Civil Veterinary Department. United Provinces 1912-22 - 1912-1922
Year: 1912
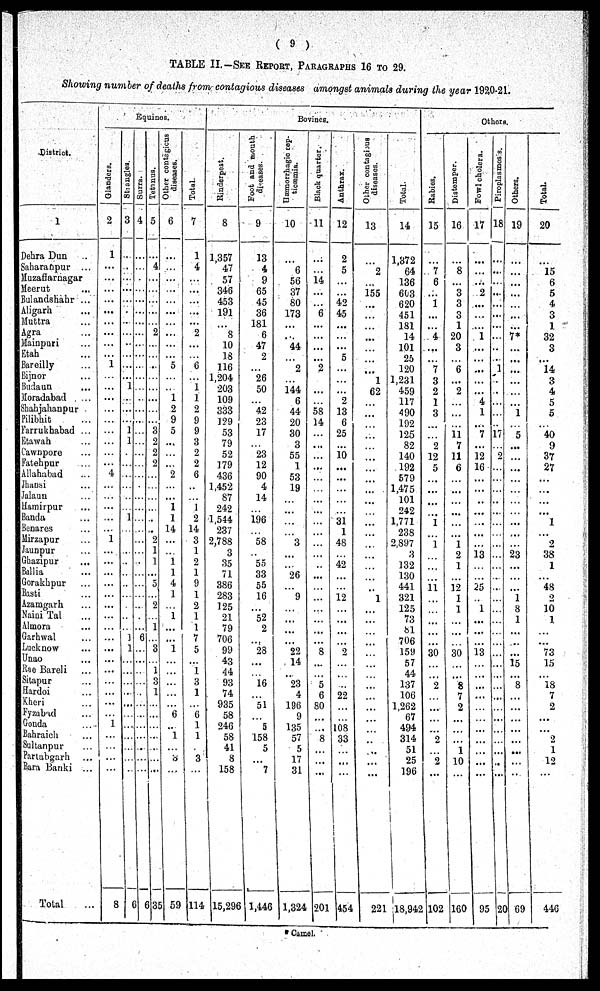
(9)
TABLE II.—SEE REPORT, PARAGRAPHS 16 TO 29.
Showing number of deaths from contagious diseases amongst animals during the year 1920-21.
District.
1
Dehra Dun ..
Saharanpur ...
Muzafiarnagar
Meerut ...
Bulandshahr ...
Aligarh ...
Muttra
...
Agra ...
Mainpuri
...
Etah ...
Bareilly
...
Bijnor ...
Budaun ...
Moradabad ...
Shahjahanpur
Pilibhit ...
Farrukhabad ...
Stawah ...
Lawnpore
...
Fatehpur
...
Allahabad
...
Jhansi
...
Jalaun
...
Hamirpur
...
Banda
...
Benares
...
Mirzapur
...
Jaunpur
...
Ghazipur
...
Baliia
...
Gorakhpur ...
Basti ...
Azamgarh
...
Naioi Tal ...
Nmora ...
Garhwal
...
Lucknow ....
Onao ...
Rae Bareli ...
Sitapur ...
Hardoi
Kheri ...
Fyzabad ...
Gonda
...
Bahraich ...
Sultanpur ...
Partabgarh
Bara Banki ...
Total ...
Equines.
Glanders.
2
1
...
...
...
...
...
...
...
...
1
...
...
...
...
...
...
...
...
...
4
...
...
...
...
...
1
...
...
...
...
...
...
...
...
...
...
...
...
...
...
1
...
...
8
Strangles.
3
...
...
...
...
...
...
...
...
...
...
...
1
...
...
...
1
1
...
...
...
...
......
1
...
...
...
...
...
...
...
...
...
1
1:
...
...
...
...
...
...
...
...
6
Surra.
4
...
...
...
...
...
...
...
...
...
...
...
...
...
...
...
...
...
...
...
...
...
...
...
...
...
...
...
...
...
...
...
...
6
...
...
...
...
...
...
...
...
...
...
...
635
Tetanus.
5
...
4
...
...
...
...
2
...
...
...
...
...
...
...
...
3
2
2
2
...
...
...
...
...
2
1
1
...
5
...
2!
...
1
...
3
...
1
3
1
...
...
...
...
...
...
335
Other contagious
diseases.
6
...
...
...
...
...
...
...
...
...
5
...
...
1
2
9
5
...
...
2
...
...
1
1
14
...
1
1
4
1
...
1
...
...
1
...
...
...
...
...
6
...
1
...
3
...
59
Total.
7
1
4
...
...
...
...
2
...
...
6
...
1
1
2
9
9
3
2
2
6
...
...
i
2
14
3 i
1
2
1
9
1
2
1
1
7
5
...
1
3
1
...
1
6
1
1
...
3
...
114
Bovines.
Rinderpest.
8
1,357
47
57
346
453
191
...
8
10
18
116
1,204
203
109
333
129
53
79
52
179
436
1,452
87
242
1,544
237
2,788
35
71
386
283
125
21
79
706
99
43
44
93
74
935
58
240
58
41
8
158
15,296
Foot and mouth
diseases.
9
13
4
9
65
45
36
181
6
47
2
...
26
50
42
23
17
23
12
90
4
14
...
196
...
58
55
33
55
16
52
2
...
28
...
...
16
...
51
...
5
158
5
...
7
1,446
Hæmorrhagic cep-
10
...
6
56
37
80
173
...
...
44
...
9
144
6
44
20
30
3
55
1
52
53
19
...
...
...
...
3
...
26
...
9
...
...
...
...
22
14
...
23
4
196
9
135
57
5
17
31
1,324
Black quarter.
11
...
...
14
...
...
6
...
...
...
...
2
...
...
...
58
14
...
...
...
...
...
...
...
...
...
...
...
...
...
...
...
...
...
...
8
...
...
5
6
80
...
...
8
...
...
...
201
Anthrax.
12
2
5
...
...
42 45
...
...
...
5
...
...
...
2
13
6
25
...
10
...
...
...
...
...
31
1
48
42
...
12
...
...
...
2
...
...
...
22
...
...
108
33
...
...
...
...
454
Other contagious
diseases.
13
...
2
...
155
...
...
...
...
...
...
1
62
...
...
...
...
...
...
...
...
...
...
...
...
...
...
...
...
...
...
1
...
...
...
...
...
...
...
...
...
...
...
...
...
...
...
...
221
Total.
14
1,372
64
136
603
620
451
181
14
101
25
120
1,231
459
117
490
192
125
82
140
192
579
1,475
101
242
1,771
238
2,897
3
132
130
441
321
125
73
81
706
159
57
44
137
106
1,262
67
494
314
51
25
196
18,942
Others.
Rabies.
15
...
7
6
1
...
...
4
...
...
7
3
2
1
3
...
...
2
12
5
...
...
...
1
...
1
...
...
...
11 ...
...
...
30
2
2
...
2
...
102
Distemper.
16
...
8
...
3
3
...
1
20
3
...
6
...
2
...
...
...
11
7
11
6
...
...
...
...
...
...
1
2
1
12
1
1
30
8
7 2
...
1
10...
...
160
Fowl cholera.
17
...
...
...
2
...
...
1
...
...
......
...
...
4
1
...
7
...
12
16
...
...
...
...
...
...
...
13 ...
...
25
1
...
13
...
...
...
...
...
95
Piroplasmoss.
18
...
...
...
......
...
...
...
...
...
1
...
...
...
...
...
17
...
2
...
...
...
...
...
...
...
...
...
...
...
...
...
20
Others.
19
...
...
...
...
...
...
7*
...
...
...
...
...
...
1
...
5
...
...
...
...
...
...
...
...
...
23
...
...
...
1
8
1
...
...
15
...
8
...
...
...
69
Total.
20
...
15
6
5
4
3
1
32
3
...
14
3
4
5
5
...
40
9
37
27
...
...
...
...
1
...
2
38
1
48
2
10
1
73
15
18
7
2
2
1
12
...
446
Camel.